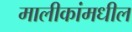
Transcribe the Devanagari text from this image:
मालीकांमधील